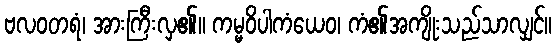
ဗလဝတရံ၊ အားကြီးလှ၏။ ကမ္မဝိပါကံယေဝ၊ ကံ၏အကျိုးသည်သာလျှင်။